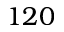
1 2 0